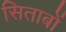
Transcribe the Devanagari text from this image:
सिताबों